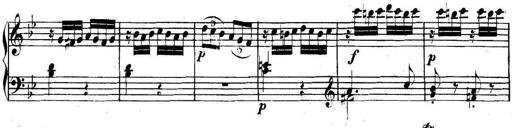
Title: Collected Piano Sonatas
Composer: Muzio Clementi